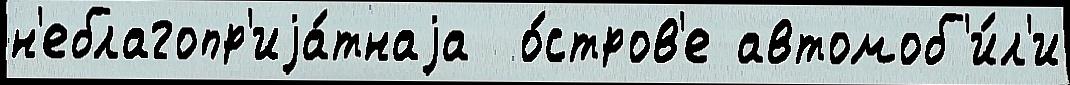
н'еблагопр'иjа́тнаjа  о́стров'е автомоб'и́л'и